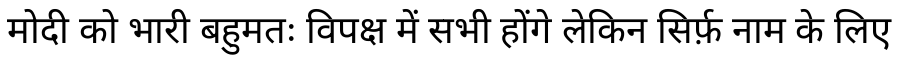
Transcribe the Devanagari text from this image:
मोदी को भारी बहुमतः विपक्ष में सभी होंगे लेकिन सिर्फ़ नाम के लिए